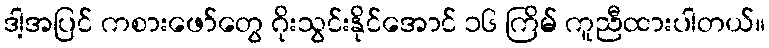
ဒါ့အပြင် ကစားဖော်တွေ ဂိုးသွင်းနိုင်အောင် ၁၆ ကြိမ် ကူညီထားပါတယ်။